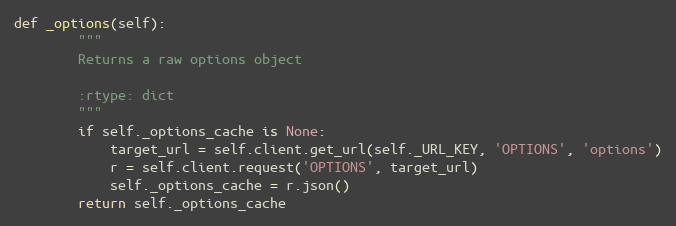
Language: Python
def _options(self):
        """
        Returns a raw options object

        :rtype: dict
        """
        if self._options_cache is None:
            target_url = self.client.get_url(self._URL_KEY, 'OPTIONS', 'options')
            r = self.client.request('OPTIONS', target_url)
            self._options_cache = r.json()
        return self._options_cache